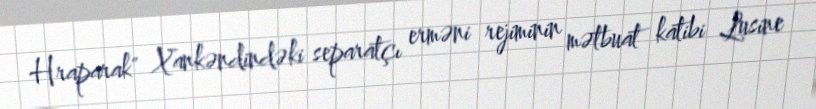
Hraparak" Xankəndindəki separatçı erməni rejiminin mətbuat katibi Lusine